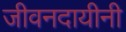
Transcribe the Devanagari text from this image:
जीवनदायीनी